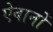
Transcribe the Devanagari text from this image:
ऐवानों